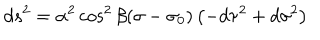
LaTeX: d s ^ { 2 } = \alpha ^ { 2 } \cos ^ { 2 } \beta ( \sigma - \sigma _ { 0 } ) \left( - d \tau ^ { 2 } + d \sigma ^ { 2 } \right)